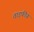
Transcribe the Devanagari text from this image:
ताड़फीय